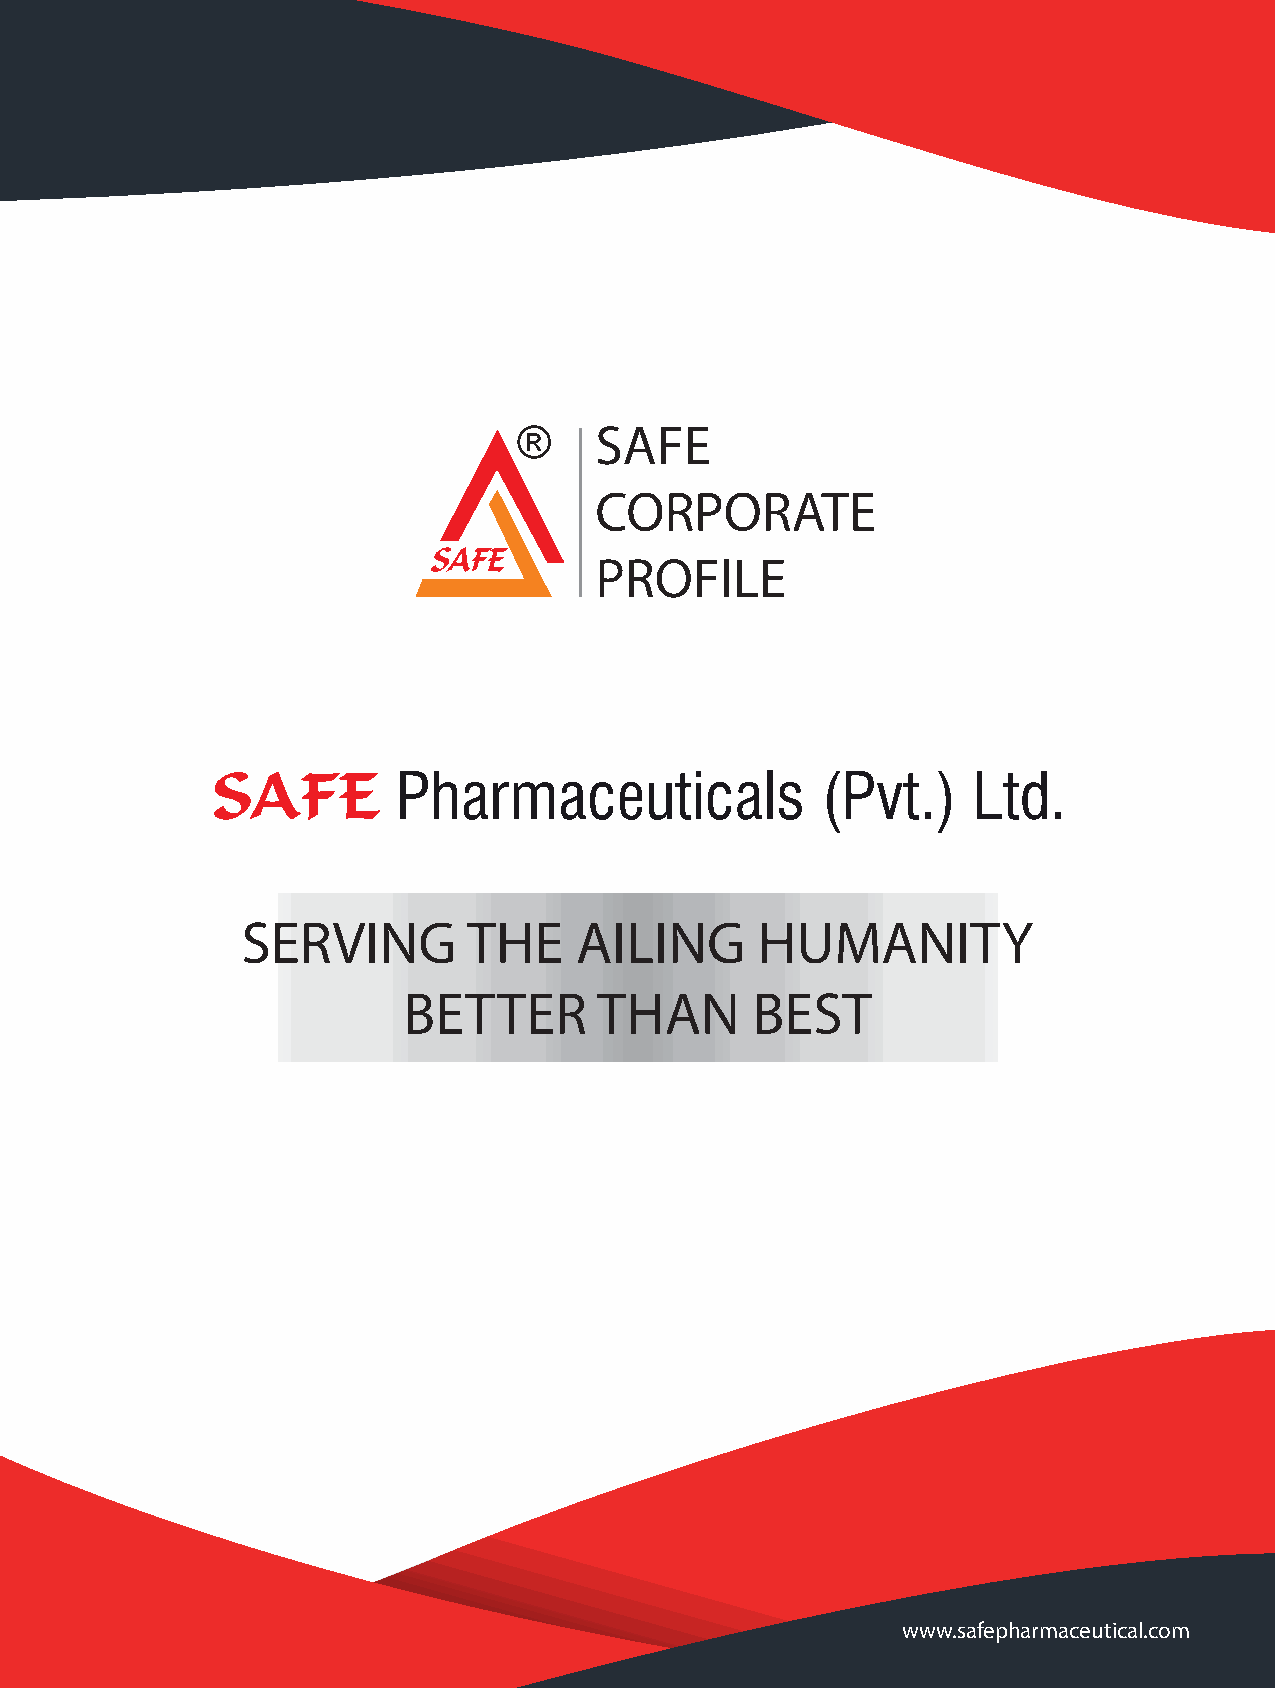
SAFE
 CORPORATE
 PROFILE
 SERVING        THE    AILING      HUMANITY
 BETTER       THAN      BEST
 www.safepharmaceutical.com